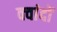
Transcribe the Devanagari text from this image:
क्वांदों